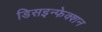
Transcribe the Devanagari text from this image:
डिसइन्फेक्शन